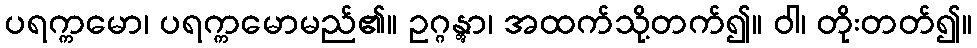
ပရက္ကမော၊ ပရက္ကမောမည်၏။ ဥဂ္ဂန္တွာ၊ အထက်သို့တက်၍။ ဝါ၊ တိုးတတ်၍။